Civil Veterinary Department. United Provinces 1912-22 - 1912-1922
Year: 1912
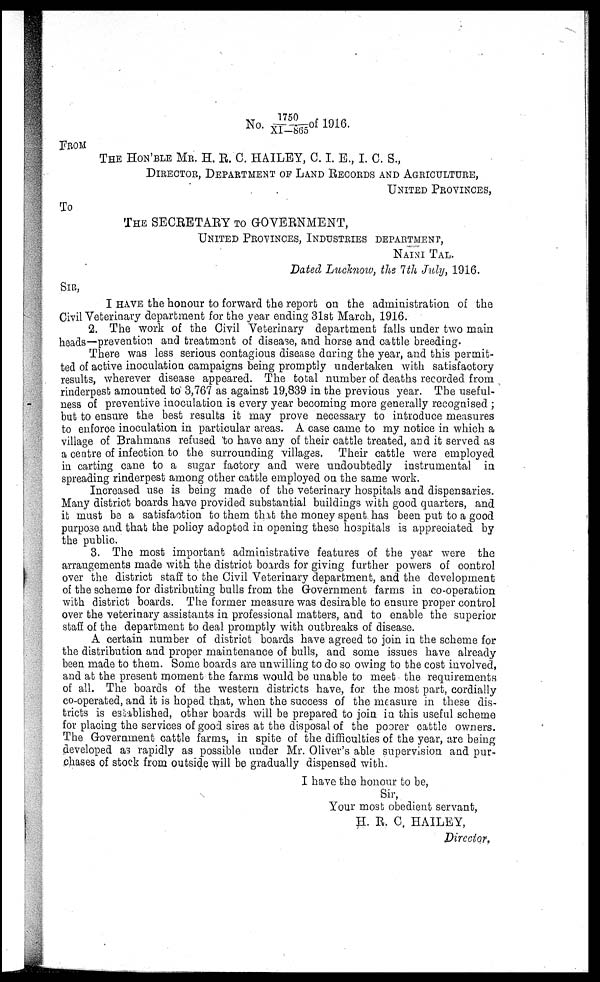
No. 1750/x1-865 of 1916.
FROM
THE HON'BLE MR. H. R. C. HAILEY, C. I. E., I. C. S.,
DIRECTOR, DEPARTMENT OF LAND RECORDS AND AGRICULTURE,
UNITED PROVINCES,
To
THE SECRETARY TO GOVERNMENT,
UNITED PROVINCES, INDUSTRIES DEPARTMENT,
NAINI TAL.
Dated Lucknow, the 7th July, 1916.
SIR,
I HAVE the honour to forward the report on the administration of the
Civil Veterinary department for the year ending 31st March, 1916.
2. The work of the Civil Veterinary department falls under two main
heads—prevention and treatment of disease, and horse and cattle breeding.
There was less serious contagious disease daring the year, and this permit-
ted of active inoculation campaigns being promptly undertaken with satisfactory
results, wherever disease appeared. The total number of deaths recorded from
rinderpest amounted to 3,767 as against 19,339 in the previous year. The useful-
ness of preventive inoculation is every year becoming more generally recognised ;
but to ensure the best results it may prove necessary to introduce measures
to enforce inoculation in particular areas. A case came to my notice in which a
village of Brahmans refused to have any of their cattle treated, and it served as
a centre of infection to the surrounding villages. Their cattle were employed
in carting cane to a sugar factory and were undoubtedly instrumental in
spreading rinderpest among other cattle employed on the same work.
Increased use is being made of the veterinary hospitals and dispensaries.
Many district boards have provided substantial buildings with good quarters, and
it must be a satisfaction to them that the money spent has been put to a good
purpose and that the policy adopted in opening these hospitals is appreciated by
the public.
3. The most important administrative features of the year were the
arrangements made with the district boards for giving further powers of control
over the district staff to the Civil Veterinary department, and the development
of the scheme for distributing bulls from the Government farms in co-operation
with district boards. The former measure was desirable to ensure proper control
over the veterinary assistants in professional matters, and to enable the superior
staff of the department to deal promptly with outbreaks of disease.
A certain number of district boards have agreed to join in the scheme for
the distribution and proper maintenance of bulls, and some issues have already
been made to them. Some boards are unwilling to do so owing to the cost involved,
and at the present moment the farms would be unable to meet the requirements
of all. The boards of the western districts have, for the most part, cordially
co-operated, and it is hoped that, when the success of the measure in these dis-
tricts is established, other boards will be prepared to join in this useful scheme
for placing the services of good sires at the disposal of the poorer cattle owners.
The Government cattle farms, in spite of the difficulties of the year, are being
developed as rapidly as possible under Mr. Oliver's able supervision and pur-
chases of stock from outside will be gradually dispensed with.
I have the honour to be,
Sir,
Your most obedient servant,
H. R. C. HAILEY,
Director,